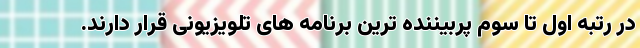
در رتبه اول تا سوم پربیننده ترین برنامه های تلویزیونی قرار دارند.